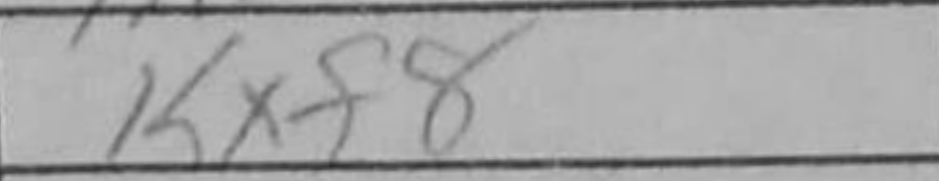
Transcription: Kxf8